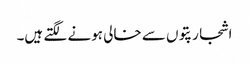
اشجار پتوں سے خالی ہونے لگتے ہیں۔